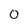
Character: 0